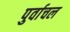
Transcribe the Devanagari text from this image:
पुर्वाचल